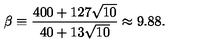
\beta \equiv { \frac { 4 0 0 + 1 2 7 \sqrt { 1 0 } } { 4 0 + 1 3 \sqrt { 1 0 } } } \approx 9 . 8 8 .